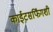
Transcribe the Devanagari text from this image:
काईटसर्फिंगशी